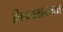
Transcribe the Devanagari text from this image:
शिकवतानाच्या